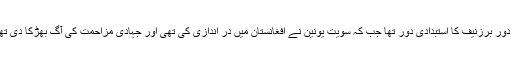
وہ دور برزنیف کا استبدادی دور تھا جب کہ سویت یونین نے افغانستان میں در اندازی کی تھی اور جہادی مزاحمت کی آگ بھڑکا دی تھی۔